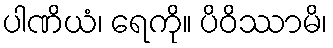
ပါဏိယံ၊ ရေကို။ ပိဝိဿာမိ၊